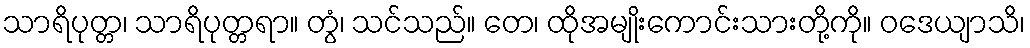
သာရိပုတ္တ၊ သာရိပုတ္တရာ။ တွံ၊ သင်သည်။ တေ၊ ထိုအမျိုးကောင်းသားတို့ကို။ ဝဒေယျာသိ၊